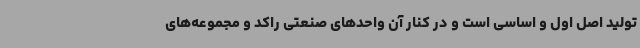
تولید اصل اول و اساسی است و در کنار آن واحدهای صنعتی راکد و مجموعه‌های